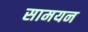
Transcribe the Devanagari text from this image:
सामयन